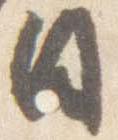
日